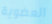
العضوية